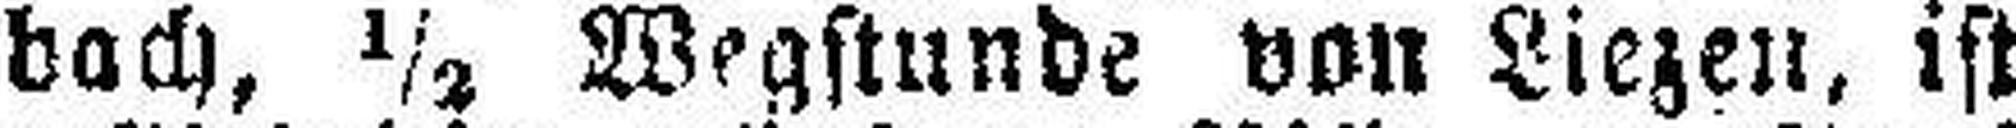
bach, ½ Wegstunde von Liezen, ist